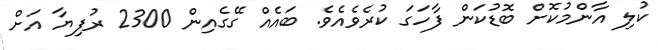
ކުލި އާންމުކޮށް ބޮޑުކަން ފާހަގަ ކުރެވެއެވެ. ބައެއް ގޭގެއިން 2300 ރުފިޔާ އަށް